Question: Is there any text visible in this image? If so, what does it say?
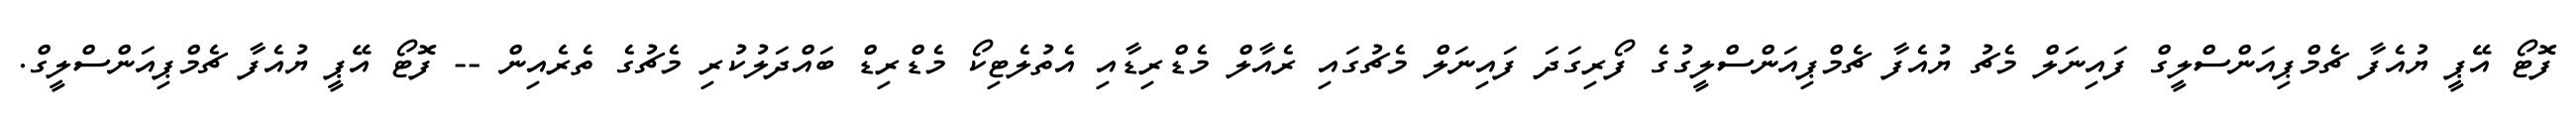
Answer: ފޮޓޯ އޭޕީ ޔުއެފާ ޗެމްޕިއަންސްލީގް ފައިނަލް މެޗު ޔުއެފާ ޗެމްޕިއަންސްލީގުގެ ފޯރިގަދަ ފައިނަލް މެޗުގައި ރެއާލް މެޑްރިޑާއި އެތުލެޓިކޯ މެޑްރިޑް ބައްދަލުކުރި މެޗުގެ ތެރެއިން -- ފޮޓޯ އޭޕީ ޔުއެފާ ޗެމްޕިއަންސްލީގް.